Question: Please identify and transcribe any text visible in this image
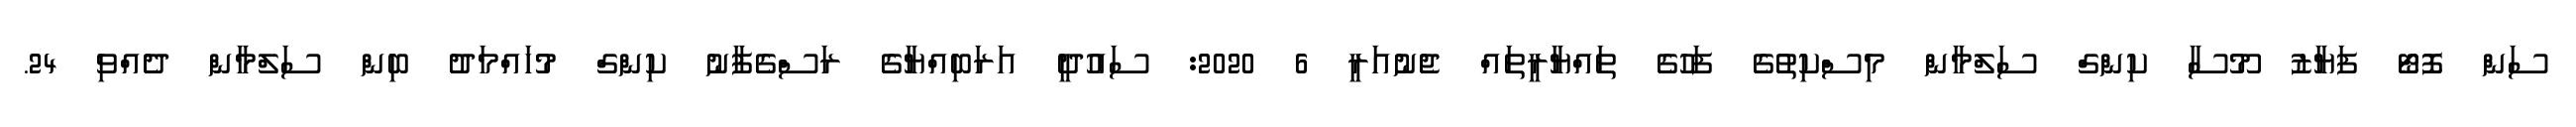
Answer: ސަން ފޮޓޯ ފަޔާޒު މޫސާ ކިންގް ސަލްމާން މިސްކިތުގެ ފަހުގެ ތައްޔާރީތައް ޖެނުއަރީ 6 2020: ސައުދީ އަރަބިއްޔާގެ ރަސްގެފާނު ކިންގް މުހައްމަދު ބިން ސަލްމާން ދެއްވި 24.